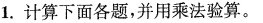
1.计算下面各题，并用乘法验算。